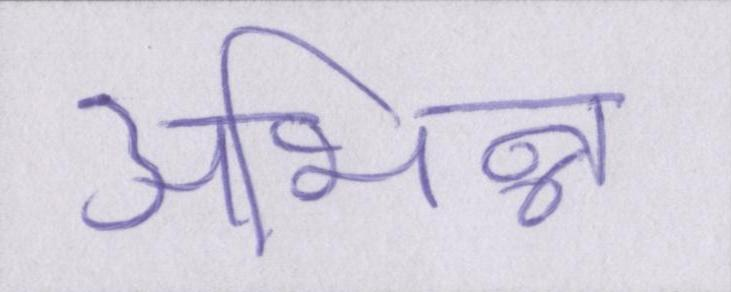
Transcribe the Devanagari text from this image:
अभिन्न